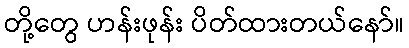
တို့တွေ ဟန်းဖုန်း ပိတ်ထားတယ်နော်။